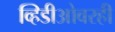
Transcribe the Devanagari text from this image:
व्हिडीओवरही